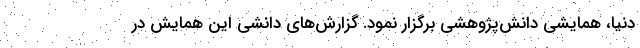
دنیا، همایشی دانش‌پژوهشی برگزار نمود. گزارش‌های دانشی این همایش در